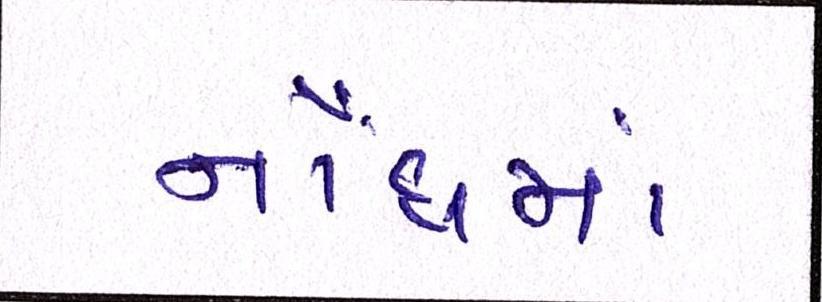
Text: નોંધમાં